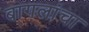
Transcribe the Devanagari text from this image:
बागलांचा